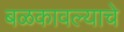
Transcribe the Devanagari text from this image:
बळकावल्याचे